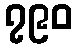
၇၉၀